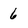
Character: 6